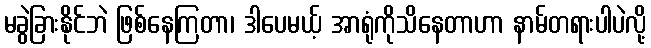
မခွဲခြားနိုင်ဘဲ ဖြစ်နေကြတာ၊ ဒါပေမယ့် အာရုံကိုသိနေတာဟာ နာမ်တရားပါပဲလို့